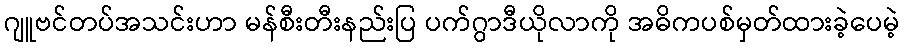
ဂျူဗင်တပ်အသင်းဟာ မန်စီးတီးနည်းပြ ပက်ဂွာဒီယိုလာကို အဓိကပစ်မှတ်ထားခဲ့ပေမဲ့